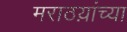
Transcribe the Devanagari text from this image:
मराठय़ांच्या